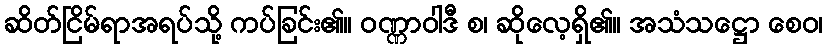
ဆိတ်ငြိမ်ရာအရပ်သို့ ကပ်ခြင်း၏။ ဝဏ္ဏာဝါဒီ စ၊ ဆိုလေ့ရှိ၏။ အသံသဋ္ဌော စေဝ၊